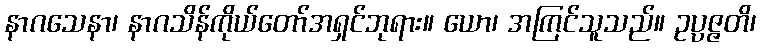
နာဂသေနာ၊ နာဂသိန်ကိုယ်တော်အရှင်ဘုရား။ ယော၊ အကြင်သူသည်။ ဥပ္ပဇ္ဇတိ၊